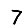
Digit: 7